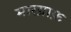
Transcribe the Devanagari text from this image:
मारग्राफ़